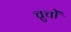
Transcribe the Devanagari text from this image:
च्रुचों